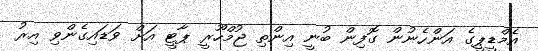
އެމްޑީޕީގެ އަންހެނުން ގޮފިން ބުނީ އިންތި ޖުމްހޫރީ ޕާޓީ އަށް ވަޑައިގެންވި އިރު